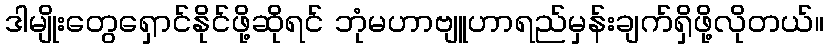
ဒါမျိုးတွေရှောင်နိုင်ဖို့ဆိုရင် ဘုံမဟာဗျူဟာရည်မှန်းချက်ရှိဖို့လိုတယ်။